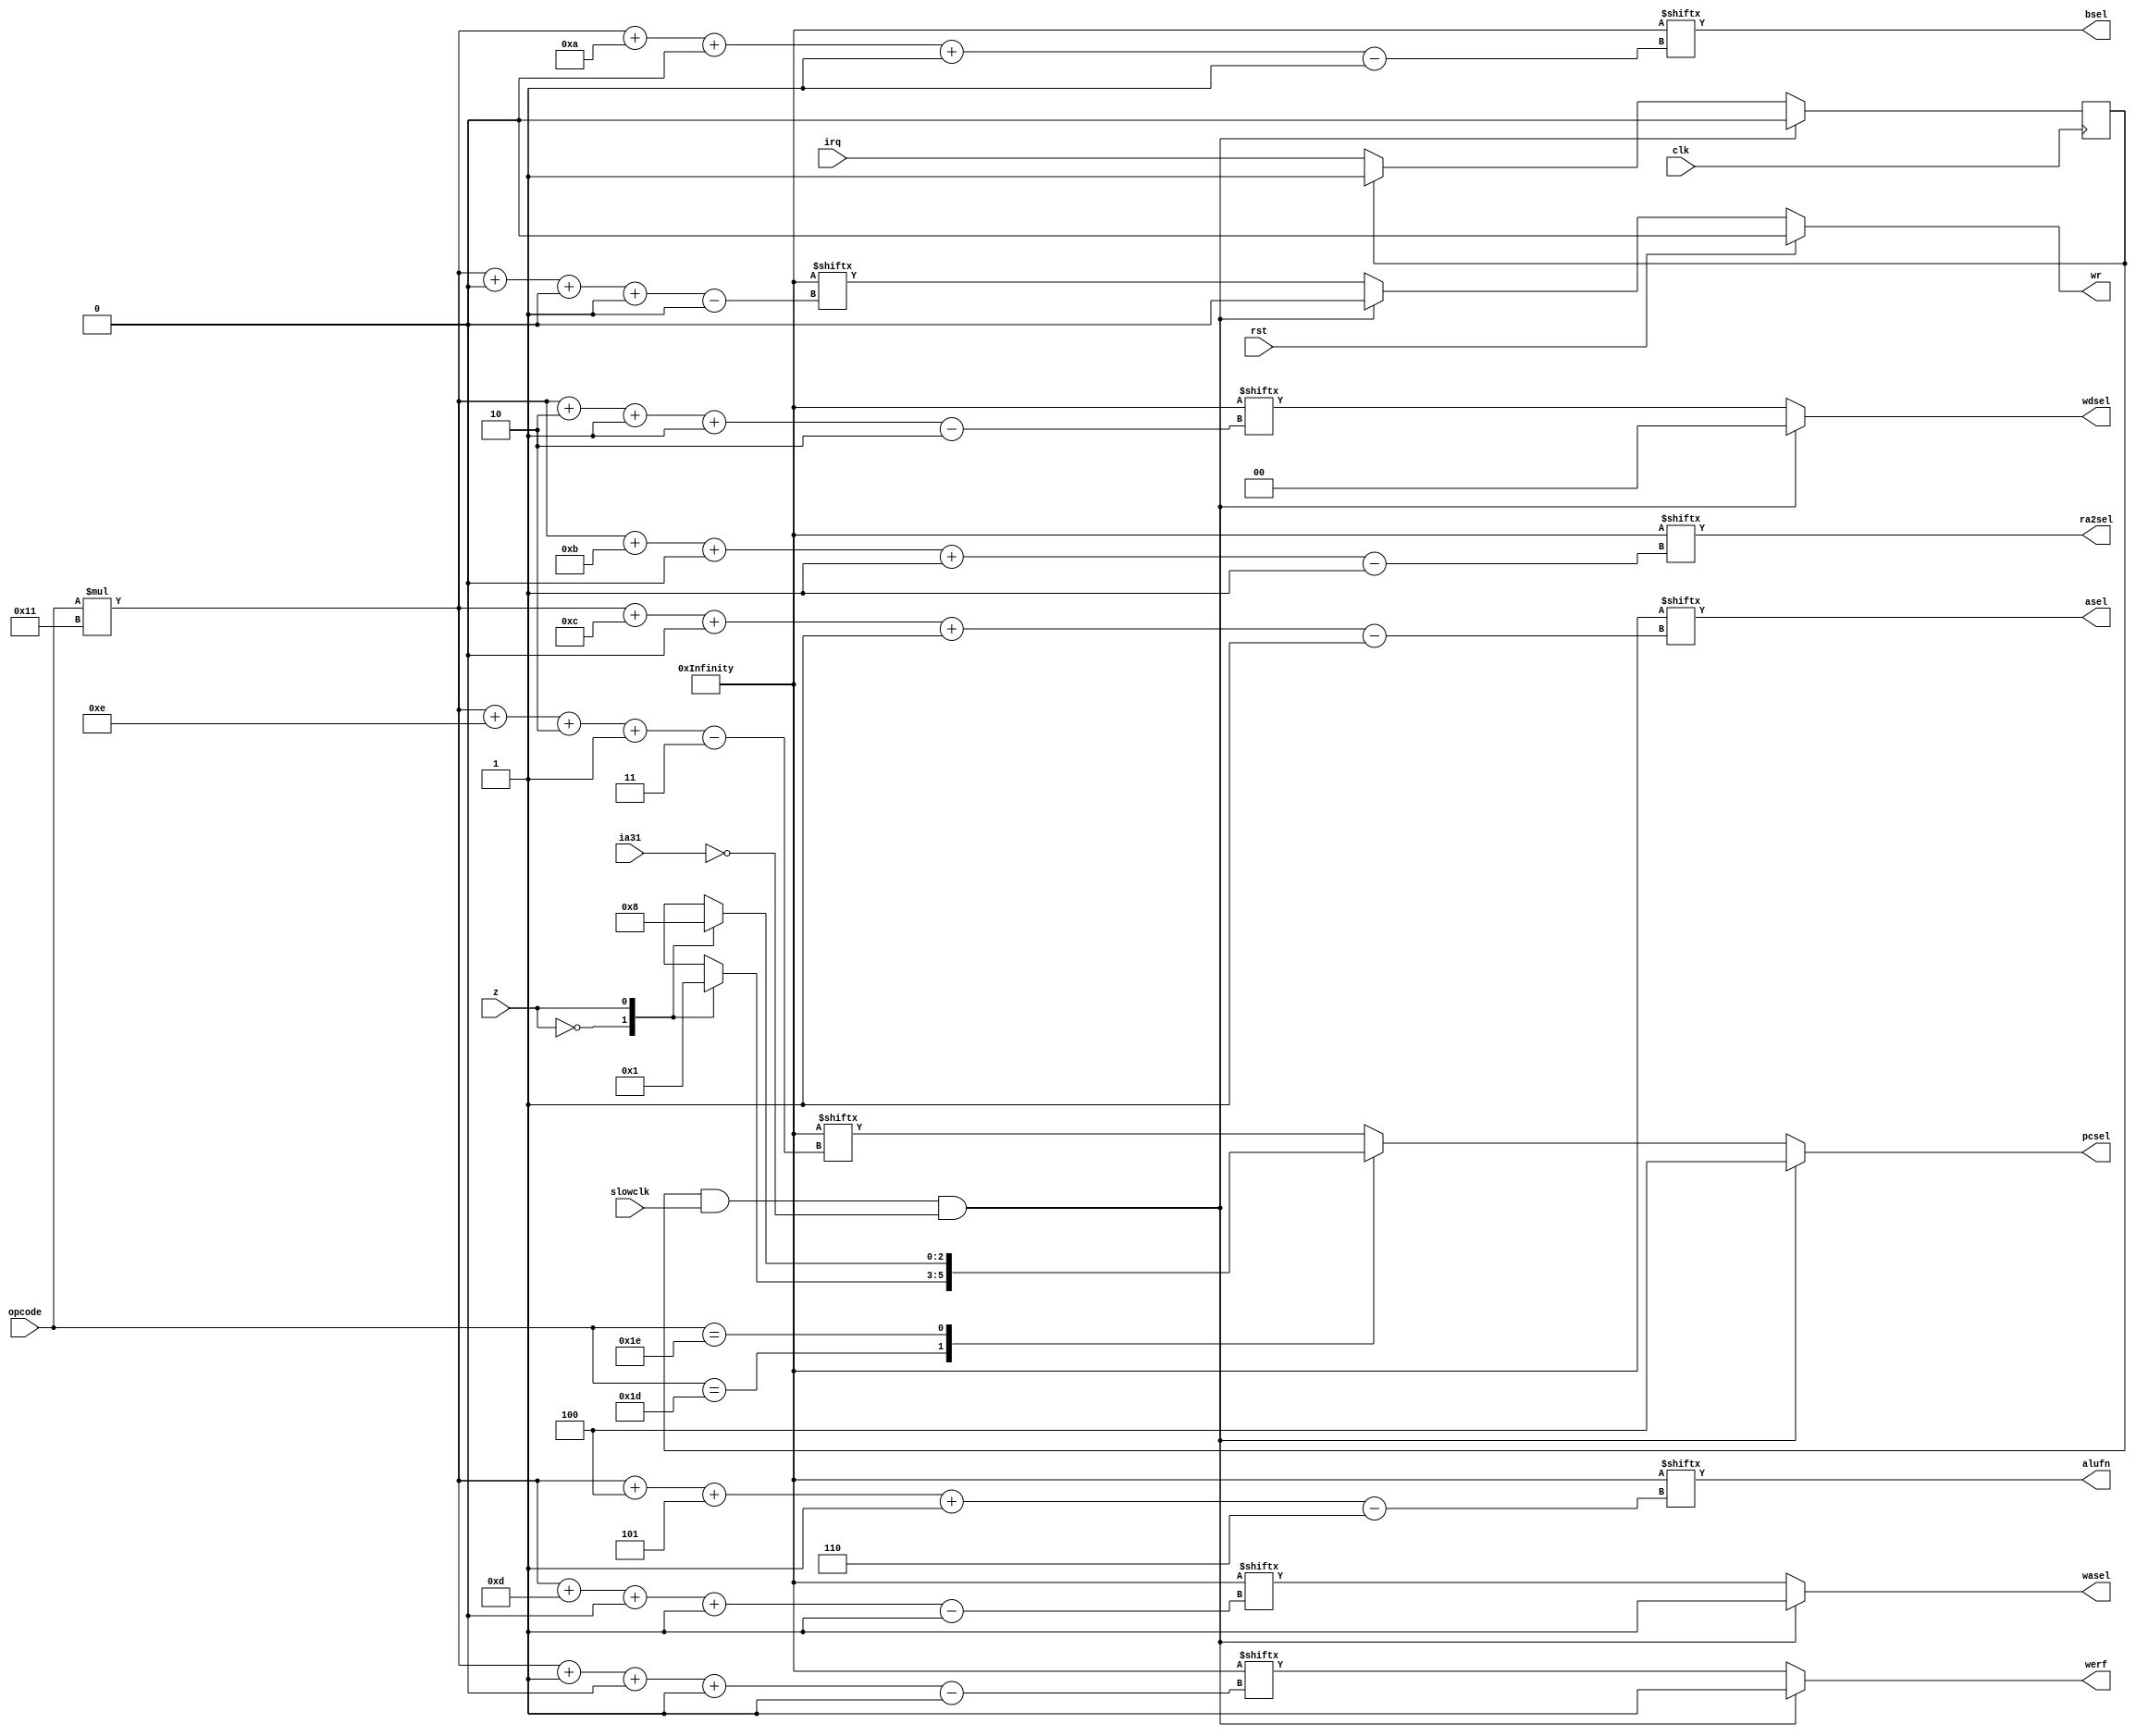
/*
   This file was generated automatically by Alchitry Labs version 1.2.7.
   Do not edit this file directly. Instead edit the original Lucid source.
   This is a temporary file and any changes made to it will be destroyed.
*/

module control_unit_14 (
    input clk,
    input irq,
    input z,
    input rst,
    input [5:0] opcode,
    input slowclk,
    input ia31,
    output reg [2:0] pcsel,
    output reg wasel,
    output reg asel,
    output reg ra2sel,
    output reg bsel,
    output reg [5:0] alufn,
    output reg [1:0] wdsel,
    output reg werf,
    output reg wr
  );
  
  
  
  localparam CU_ROM = 1088'h7001018d80c2c06067001015980bcc0586700101dd80eac0736700138008082c04067001008d8042c020670010059803cc0186700100dd806ac0336700138008002c000608d5046882344e00248d1380081802040a700138009c004e002700138009c004e002700138009c004e002700138009c004e002700138009c004e002700138009c004e002;
  
  reg M_irq_sampler_d, M_irq_sampler_q = 1'h0;
  
  always @* begin
    M_irq_sampler_d = M_irq_sampler_q;
    
    if (~M_irq_sampler_q) begin
      M_irq_sampler_d = irq;
    end
    pcsel = CU_ROM[(opcode)*17+14+2-:3];
    wasel = CU_ROM[(opcode)*17+13+0-:1];
    asel = CU_ROM[(opcode)*17+12+0-:1];
    ra2sel = CU_ROM[(opcode)*17+11+0-:1];
    bsel = CU_ROM[(opcode)*17+10+0-:1];
    alufn = CU_ROM[(opcode)*17+4+5-:6];
    wdsel = CU_ROM[(opcode)*17+2+1-:2];
    werf = CU_ROM[(opcode)*17+1+0-:1];
    wr = CU_ROM[(opcode)*17+0+0-:1];
    
    case (opcode)
      6'h1d: begin
        
        case (z)
          1'h0: begin
            pcsel = 3'h0;
          end
          1'h1: begin
            pcsel = 3'h1;
          end
        endcase
      end
      6'h1e: begin
        
        case (z)
          1'h0: begin
            pcsel = 3'h1;
          end
          1'h1: begin
            pcsel = 3'h0;
          end
        endcase
      end
    endcase
    if (M_irq_sampler_q & slowclk & ~ia31) begin
      pcsel = 3'h4;
      wasel = 1'h1;
      werf = 1'h1;
      wdsel = 2'h0;
      wr = 1'h0;
      M_irq_sampler_d = 1'h0;
    end
    if (rst) begin
      wr = 1'h0;
    end
  end
  
  always @(posedge clk) begin
    M_irq_sampler_q <= M_irq_sampler_d;
  end
  
endmodule